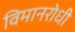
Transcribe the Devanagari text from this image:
विमानरोधी